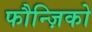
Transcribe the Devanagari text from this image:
फौन्ज़िको